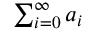
\textstyle \sum _ { i = 0 } ^ { \infty } a _ { i }